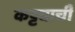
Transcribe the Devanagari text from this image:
कट्ट्याची